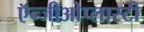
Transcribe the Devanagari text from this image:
ऍन्जीओेप्लास्टी